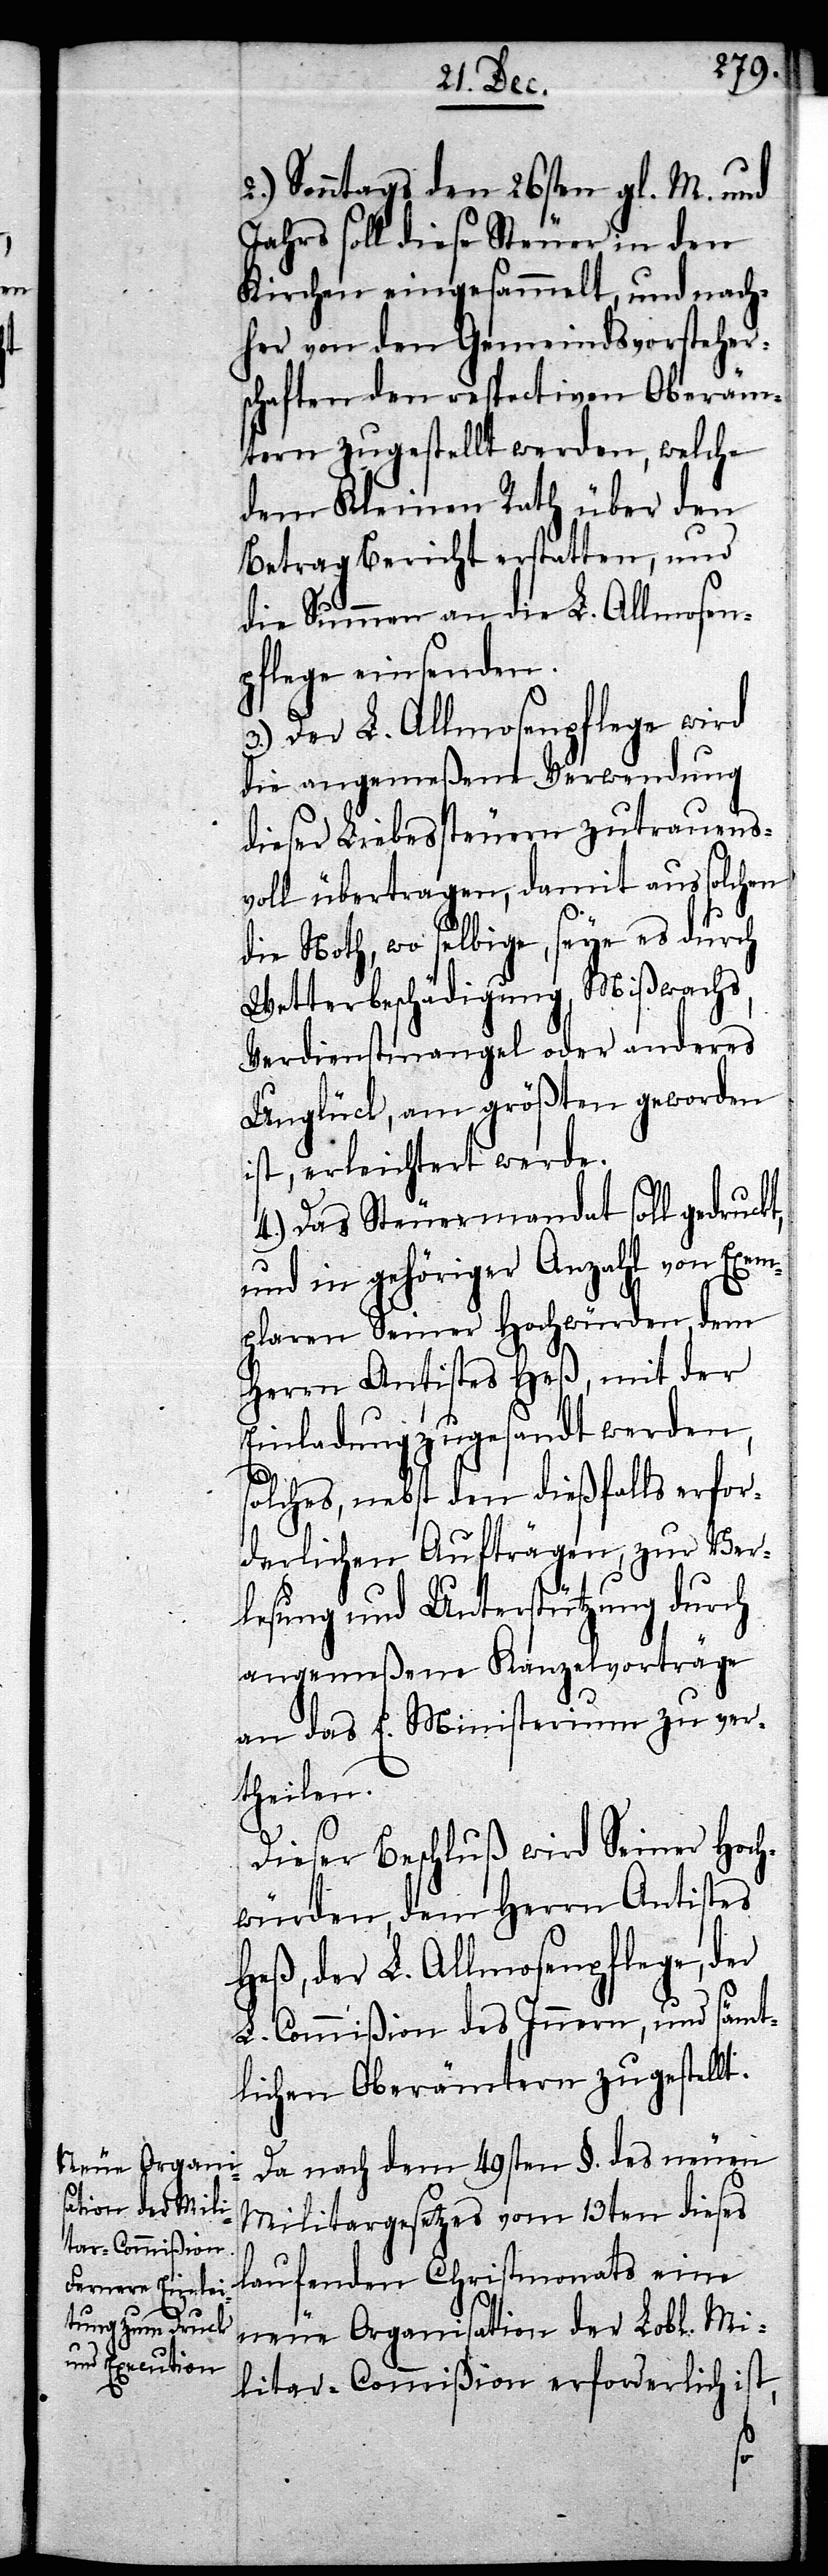
2.) Sonntags den 26sten gl. M. und
Jahrs soll diese Steuer in den
Kirchen eingesammelt, und nach¬
her von den Gemeindsvorsteher¬
schaften den respectiven Oberäm¬
tern zugestellt werden, welche
dem Kleinen Rath über den
Betrag Bericht erstatten, und
die Summen an die L. Allmosen¬
pflege einsenden.
3.) Der L. Allmosenpflege wird
die angemeßene Verwendung
dieser Liebessteuer zutrauens¬
voll übertragen, damit aus solchen
die Noth, wo selbige, seye es durch
Wetterbeschädigung, Mißwachs,
Verdienstmangel oder anderes
Unglück, am größten geworden
ist, erleichtert werde.
4.) Das Steuermandat soll gedruckt,
und in gehöriger Anzahl von Exem¬
plaren Seiner Hochwürden, dem
Herrn Antistes Heß, mit der
Einladung zugesandt werden,
solches, nebst den dießfalls erfor¬
derlichen Aufträgen, zur Ver¬
lesung und Unterstützung durch
angemeßene Kanzelvorträge
an das E. Ministerium zu ver¬
theilen.
Dieser Beschluß wird Seiner Hoch¬
würden, dem Herrn Antistes
Heß, der L. Allmosenpflege, der
L. Commißion des Innern, und sämt¬
lichen Oberämtern zugestellt.
Da nach dem 49sten §. des neuen
Militargesetzes vom 13ten dieses
laufenden Christmonats eine
neue Organisation der Lobl. Mi¬
litar-Commißion erforderlich ist,